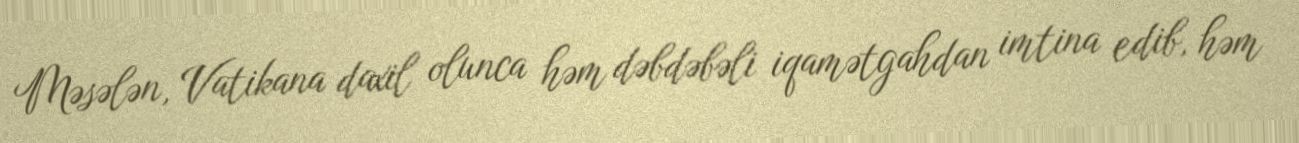
Məsələn, Vatikana daxil olunca həm dəbdəbəli iqamətgahdan imtina edib, həm